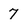
Character: 7